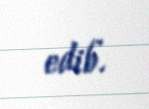
edib.